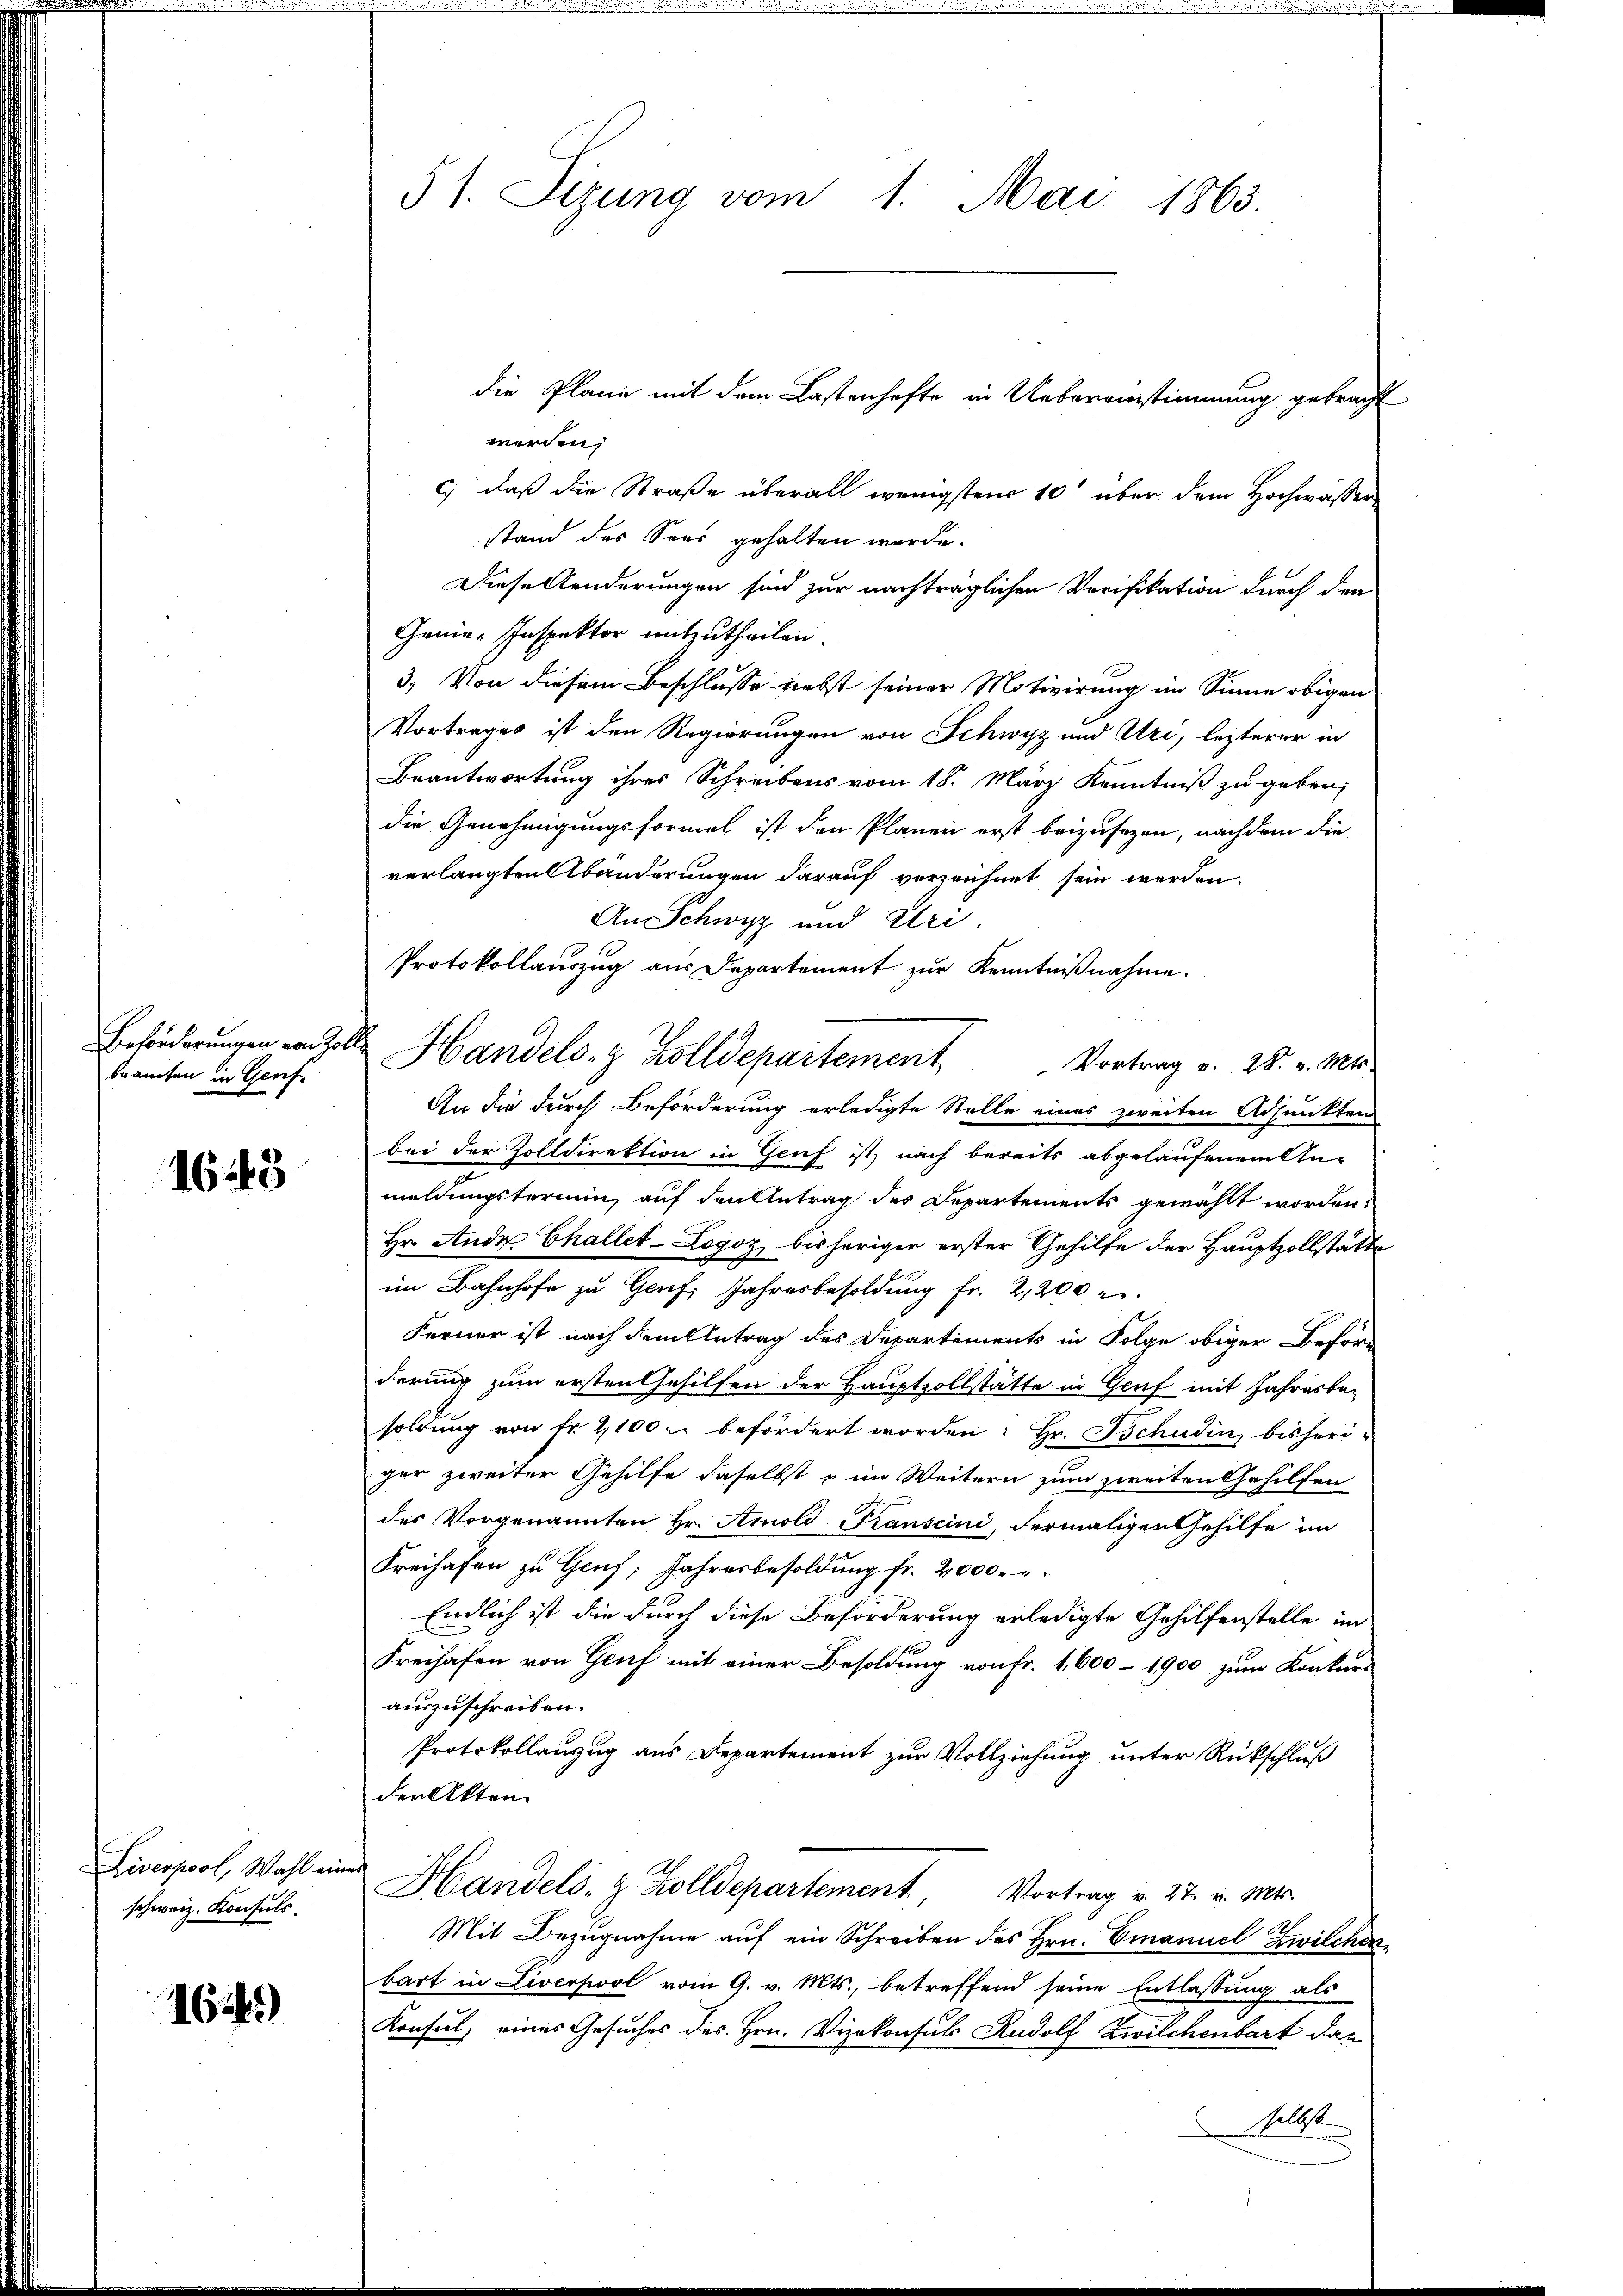
Beförderungen von Zollbrauchen in Genf.

1643

Liverpool, Wahl eine
schweiz. Konsuls.

16443)

51. Sizung vom 1. Mai 1863.

die Plane mit dem Lastenhafte in Uebereinstimmung gebracht
werden,
c) daß die Straße überall wenigstens 10 über dem Hochwasser
stand des Sees gehalten werde.
Diesellenderungen sind zur nachträglichen Verifikation durch den
Gruie-Inspektor mitzutheilen.
3. Von diesem Beschlusse nebst seiner Motivirung im Sinne obigen
Vortrages ist den Regierungen von Schwyz und Uri, lezterer in
Beantwortung ihres Schreibens vom 18. März Kenntniß zu geben;
die Genehmigungsformel ist den Planen erst beizusezen, nachdem die
verlangten Abänderungen darauf verzeichnet sein werden.
An Schwyz und Uri.
Vortrag v. 28. v. Mts.
An die durch Beförderung erledigte Stelle eines zweiten Adjunkten
bei der Zolldirektion in Genf ist, nach bereits abgelaufenem An-
meldungsternein, auf den Antrag des Departements gewählt worden.
Hr. Ande Challet-Logoz bisheriger erster Gehilfe der Hauptzollstätte
im Bahnhofe zu Genf, Jahresbesoldung fr. 2,200
Ferner ist nach dem Antrag des Departements in Folge obiger Beförd
derung zum ersten Gehilfen der Hauptzollstätte in Genf mit Jahresbesoldung von Fr. 2100 u befördert worden: Hr. Tschudin bisheri-
ger zweiter Gehilfe daselbst u im Weitern zum zweiten Gehilfen
des Vorgenannten Hr. Amold Kranscini, dermaliger Gehilfe im
Freihafen zu Genf; Jahresbesoldung fr. 2000.
Endlich ist die durch diese Beförderung erledigte Gehilfenstelle im
Freihafen von Genf mit einer Besoldung von Fr. 1,600 - 1900 zum Konkurs
auszuschreiben.
Protokollanzug aus Departement zur Vollziehung unter Rückschluß
der Akten
Handels- & Zolldepartement, Vortrag v. 27. v. Mts.
Mit Bezugnahme auf ein Schreiben des Hrn. Emanuel Zwilchen
bart in Liverpool vom 9. v. Mts., betreffend seine Entlassung als
Konsul, eines Gesuches des Hrn. Vizekonsuls Rudolf Zwilchenbart das
selbst

Protokollauszug aus Departement zur Kenntnißnahme.
Handels- & Zolldepartement